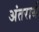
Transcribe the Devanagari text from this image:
अंतरार्थ